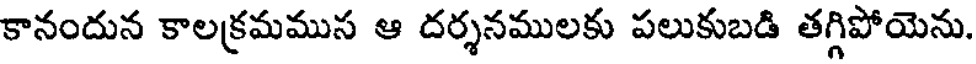
కానందున కాలక్రమముస ఆ దర్శనములకు పలుకుబడి తగ్గిపోయెను.